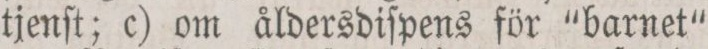
tjenſt; c) om åldersdiſpens för “barnet“